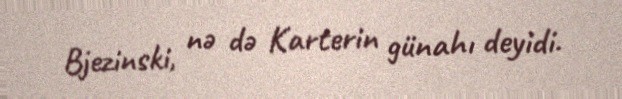
Bjezinski, nə də Karterin günahı deyidi.